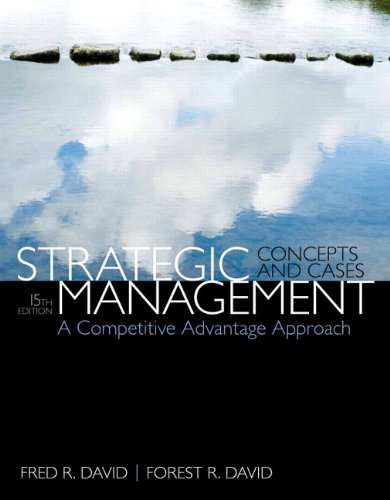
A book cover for Strategic Management: A Competitive Advantage Approach, Concepts & Cases (15th Edition); Fred R. David; Business & Money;